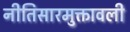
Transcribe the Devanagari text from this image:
नीतिसारमुक्तावली